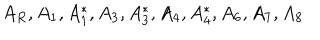
A _ { R } , A _ { 1 } , A _ { 1 } ^ { * } , A _ { 3 } , A _ { 3 } ^ { * } , A _ { 4 } , A _ { 4 } ^ { * } , A _ { 6 } , A _ { 7 } , A _ { 8 }